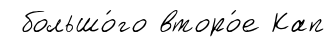
большо́го второ́е Кап